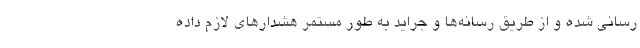
رسانی شده و از طریق رسانه‌ها و جراید به طور مستمر هشدارهای لازم داده